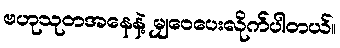
ဗဟုသုတအနေနဲ့ မျှဝေပေးလိုက်ပါတယ်။